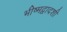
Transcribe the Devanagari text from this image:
भीष्मद्वादशी